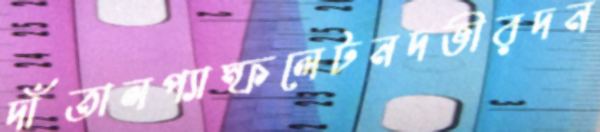
দাঁতালপ্যাম্ফলেটনদভীরদন